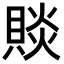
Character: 賧